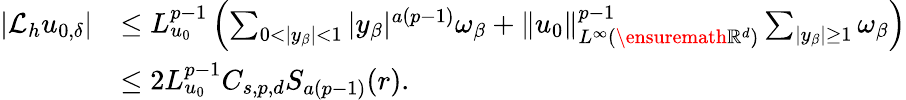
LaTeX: \begin{array}{rl}{|\mathcal{L}_{h}u_{0,\delta}|}&{\leq L_{u_{0}}^{p-1}\left(\sum_{0<|y_{\beta}|<1}|y_{\beta}|^{a(p-1)}\omega_{\beta}+\| u_{0}\| _{L^{\infty}(\ensuremath{\mathbb{R}}^{d})}^{p-1}\sum_{|y_{\beta}|\geq 1}\omega_{\beta}\right)}\\ &{\leq 2L_{u_{0}}^{p-1}C_{s,p,d}S_{a(p-1)}(r).}\end{array}